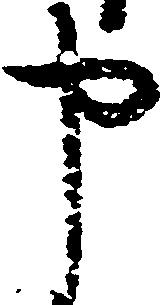
申